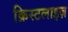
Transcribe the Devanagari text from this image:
क्रिस्टलाइज़